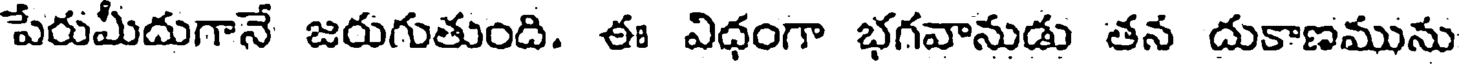
పేరుమీదుగానే జరుగుతుంది. ఈ విధంగా భగవానుడు తన దుకాణమును